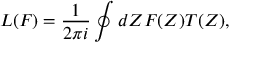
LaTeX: L ( F ) = \frac { 1 } { 2 \pi i } \oint d Z F ( Z ) T ( Z ) ,